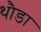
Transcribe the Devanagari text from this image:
थौडा